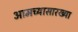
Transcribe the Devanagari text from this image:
आमच्यासारख्या